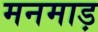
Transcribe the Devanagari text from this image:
मनमाड़